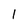
Character: l